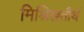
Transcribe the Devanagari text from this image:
मिश्रिखतीर्थ